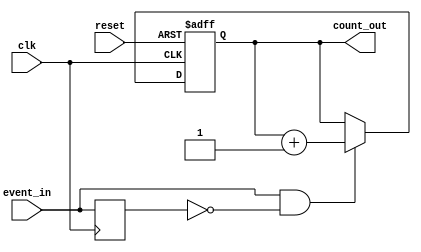
module event_triggered_counter (
    input wire clk,          // Clock signal
    input wire reset,        // Asynchronous reset signal
    input wire event_in,     // Event signal
    output reg [7:0] count_out // Count value (8-bit wide, adjust as needed)
);

    // Internal signal for edge detection
    reg event_in_d; // Delayed version of event_in

    // Asynchronous reset and counting logic
    always @(posedge clk or posedge reset) begin
        if (reset) begin
            count_out <= 8'b0; // Reset count to zero
        end else begin
            // Edge detection: increment count on rising edge of event_in
            if (event_in && !event_in_d) begin
                count_out <= count_out + 1; // Increment count
            end
        end
    end

    // Edge detection logic: store the previous state of event_in
    always @(posedge clk) begin
        event_in_d <= event_in; // Update delayed event signal
    end

endmodule